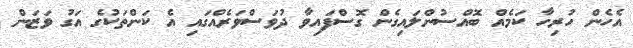
އެހެން ހުރިހާ ކަމެއް ބޮއްސުންލައިގެން ގޮސްފައިވާ ދުވަސްވަރެއްގައި އެ ކަންތަކުގެ އަގު ވަޒަން